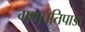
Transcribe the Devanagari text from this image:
गणपतिपाडा